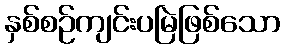
နှစ်စဉ်ကျင်းပမြဲဖြစ်သော